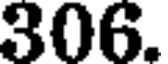
306.